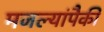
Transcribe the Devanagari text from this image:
मजल्यांपैकी